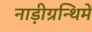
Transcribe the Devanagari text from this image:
नाड़ीग्रन्थिमें